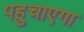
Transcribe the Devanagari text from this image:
पहुचाएगा